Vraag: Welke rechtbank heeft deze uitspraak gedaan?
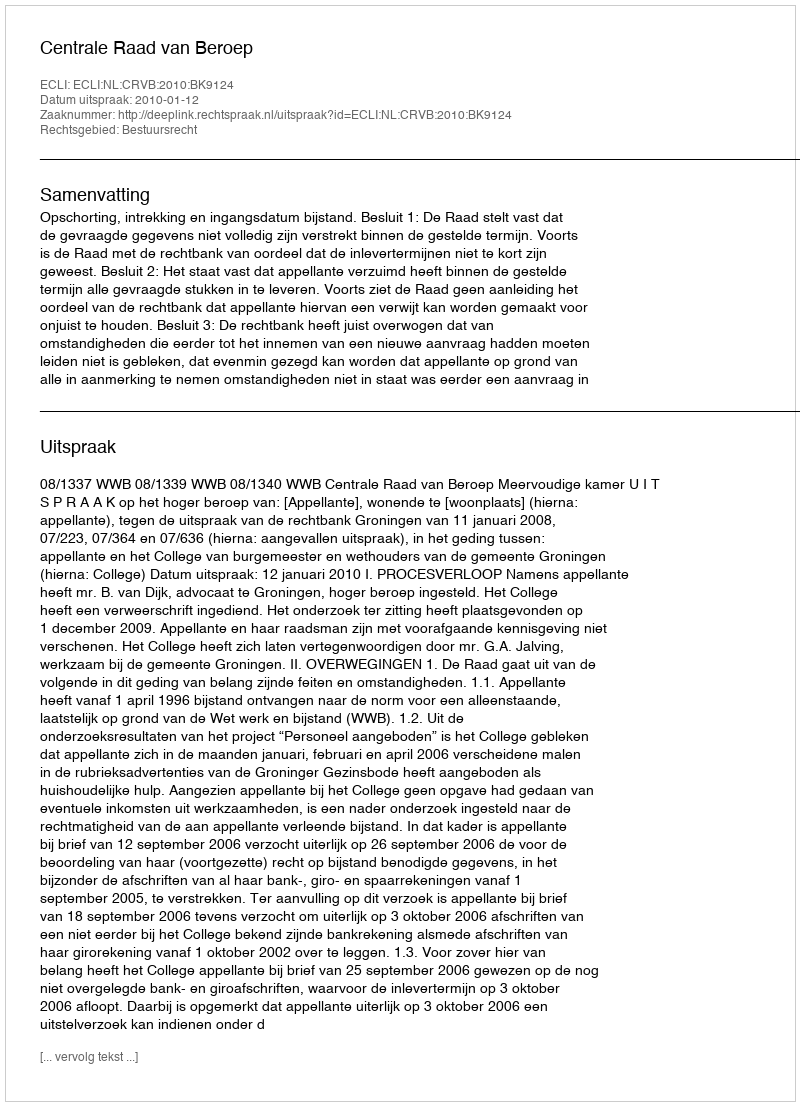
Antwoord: Centrale Raad van Beroep